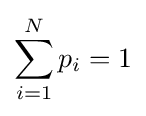
\sum _{i=1}^{N}p_{i}=1